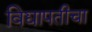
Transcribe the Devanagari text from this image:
विद्यापतीचा